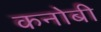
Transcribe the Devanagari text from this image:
कनोबी